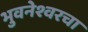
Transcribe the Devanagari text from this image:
भुवनेश्वरचा